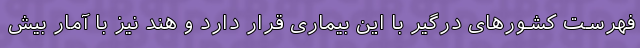
فهرست کشورهای درگیر با این بیماری قرار دارد و هند نیز با آمار بیش